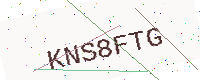
Text: KNS8FTG